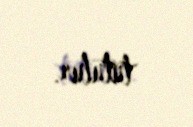
tutulur.